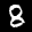
Label: 8